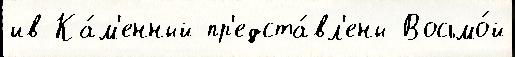
ив Ка́м'енный пр'едста́вл'ены Восьмо́й